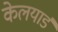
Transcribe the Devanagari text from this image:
केलयार्ड